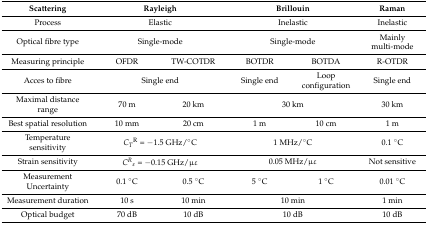
<table><thead><tr><td><b>Scattering</b></td><td colspan="2"><b>Rayleigh</b></td><td colspan="2"><b>Brillouin</b></td><td><b>Raman</b></td></tr></thead><tbody><tr><td>Process</td><td colspan="2">Elastic</td><td colspan="2">Inelastic</td><td>Inelastic</td></tr><tr><td>Optical fibre type</td><td colspan="2">Single-mode</td><td colspan="2">Single-mode</td><td>Mainly multi-mode</td></tr><tr><td>Measuring principle</td><td>OFDR</td><td>TW-COTDR</td><td>BOTDR</td><td>BOTDA</td><td>R-OTDR</td></tr><tr><td>Acces to fibre</td><td colspan="2">Single end</td><td>Single end</td><td>Loop configuration</td><td>Single end</td></tr><tr><td>Maximal distance range</td><td>70 m</td><td>20 km</td><td colspan="2">30 km</td><td>30 km</td></tr><tr><td>Best spatial resolution</td><td>10 mm</td><td>20 cm</td><td>1 m</td><td>10 cm</td><td>1 m</td></tr><tr><td>Temperature sensitivity</td><td colspan="2"><i>C<sub>T</sub></i><sup>R</sup> = −1.5 GHz/°C</td><td colspan="2">1 MHz/°C</td><td>0.1 °C</td></tr><tr><td>Strain sensitivity</td><td colspan="2"><i>C<sup>R</sup></i><sub>ɛ</sub> = −0.15 GHz/μɛ</td><td colspan="2">0.05 MHz/μɛ</td><td>Not sensitive</td></tr><tr><td>Measurement Uncertainty</td><td>0.1 °C</td><td>0.5 °C</td><td>5 °C</td><td>1 °C</td><td>0.01 °C</td></tr><tr><td>Measurement duration</td><td>10 s</td><td>10 min</td><td colspan="2">10 min</td><td>1 min</td></tr><tr><td>Optical budget</td><td>70 dB</td><td>10 dB</td><td colspan="2">10 dB</td><td>10 dB</td></tr></tbody></table>